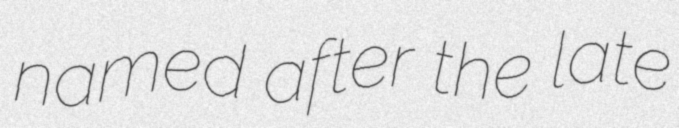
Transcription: named after the late